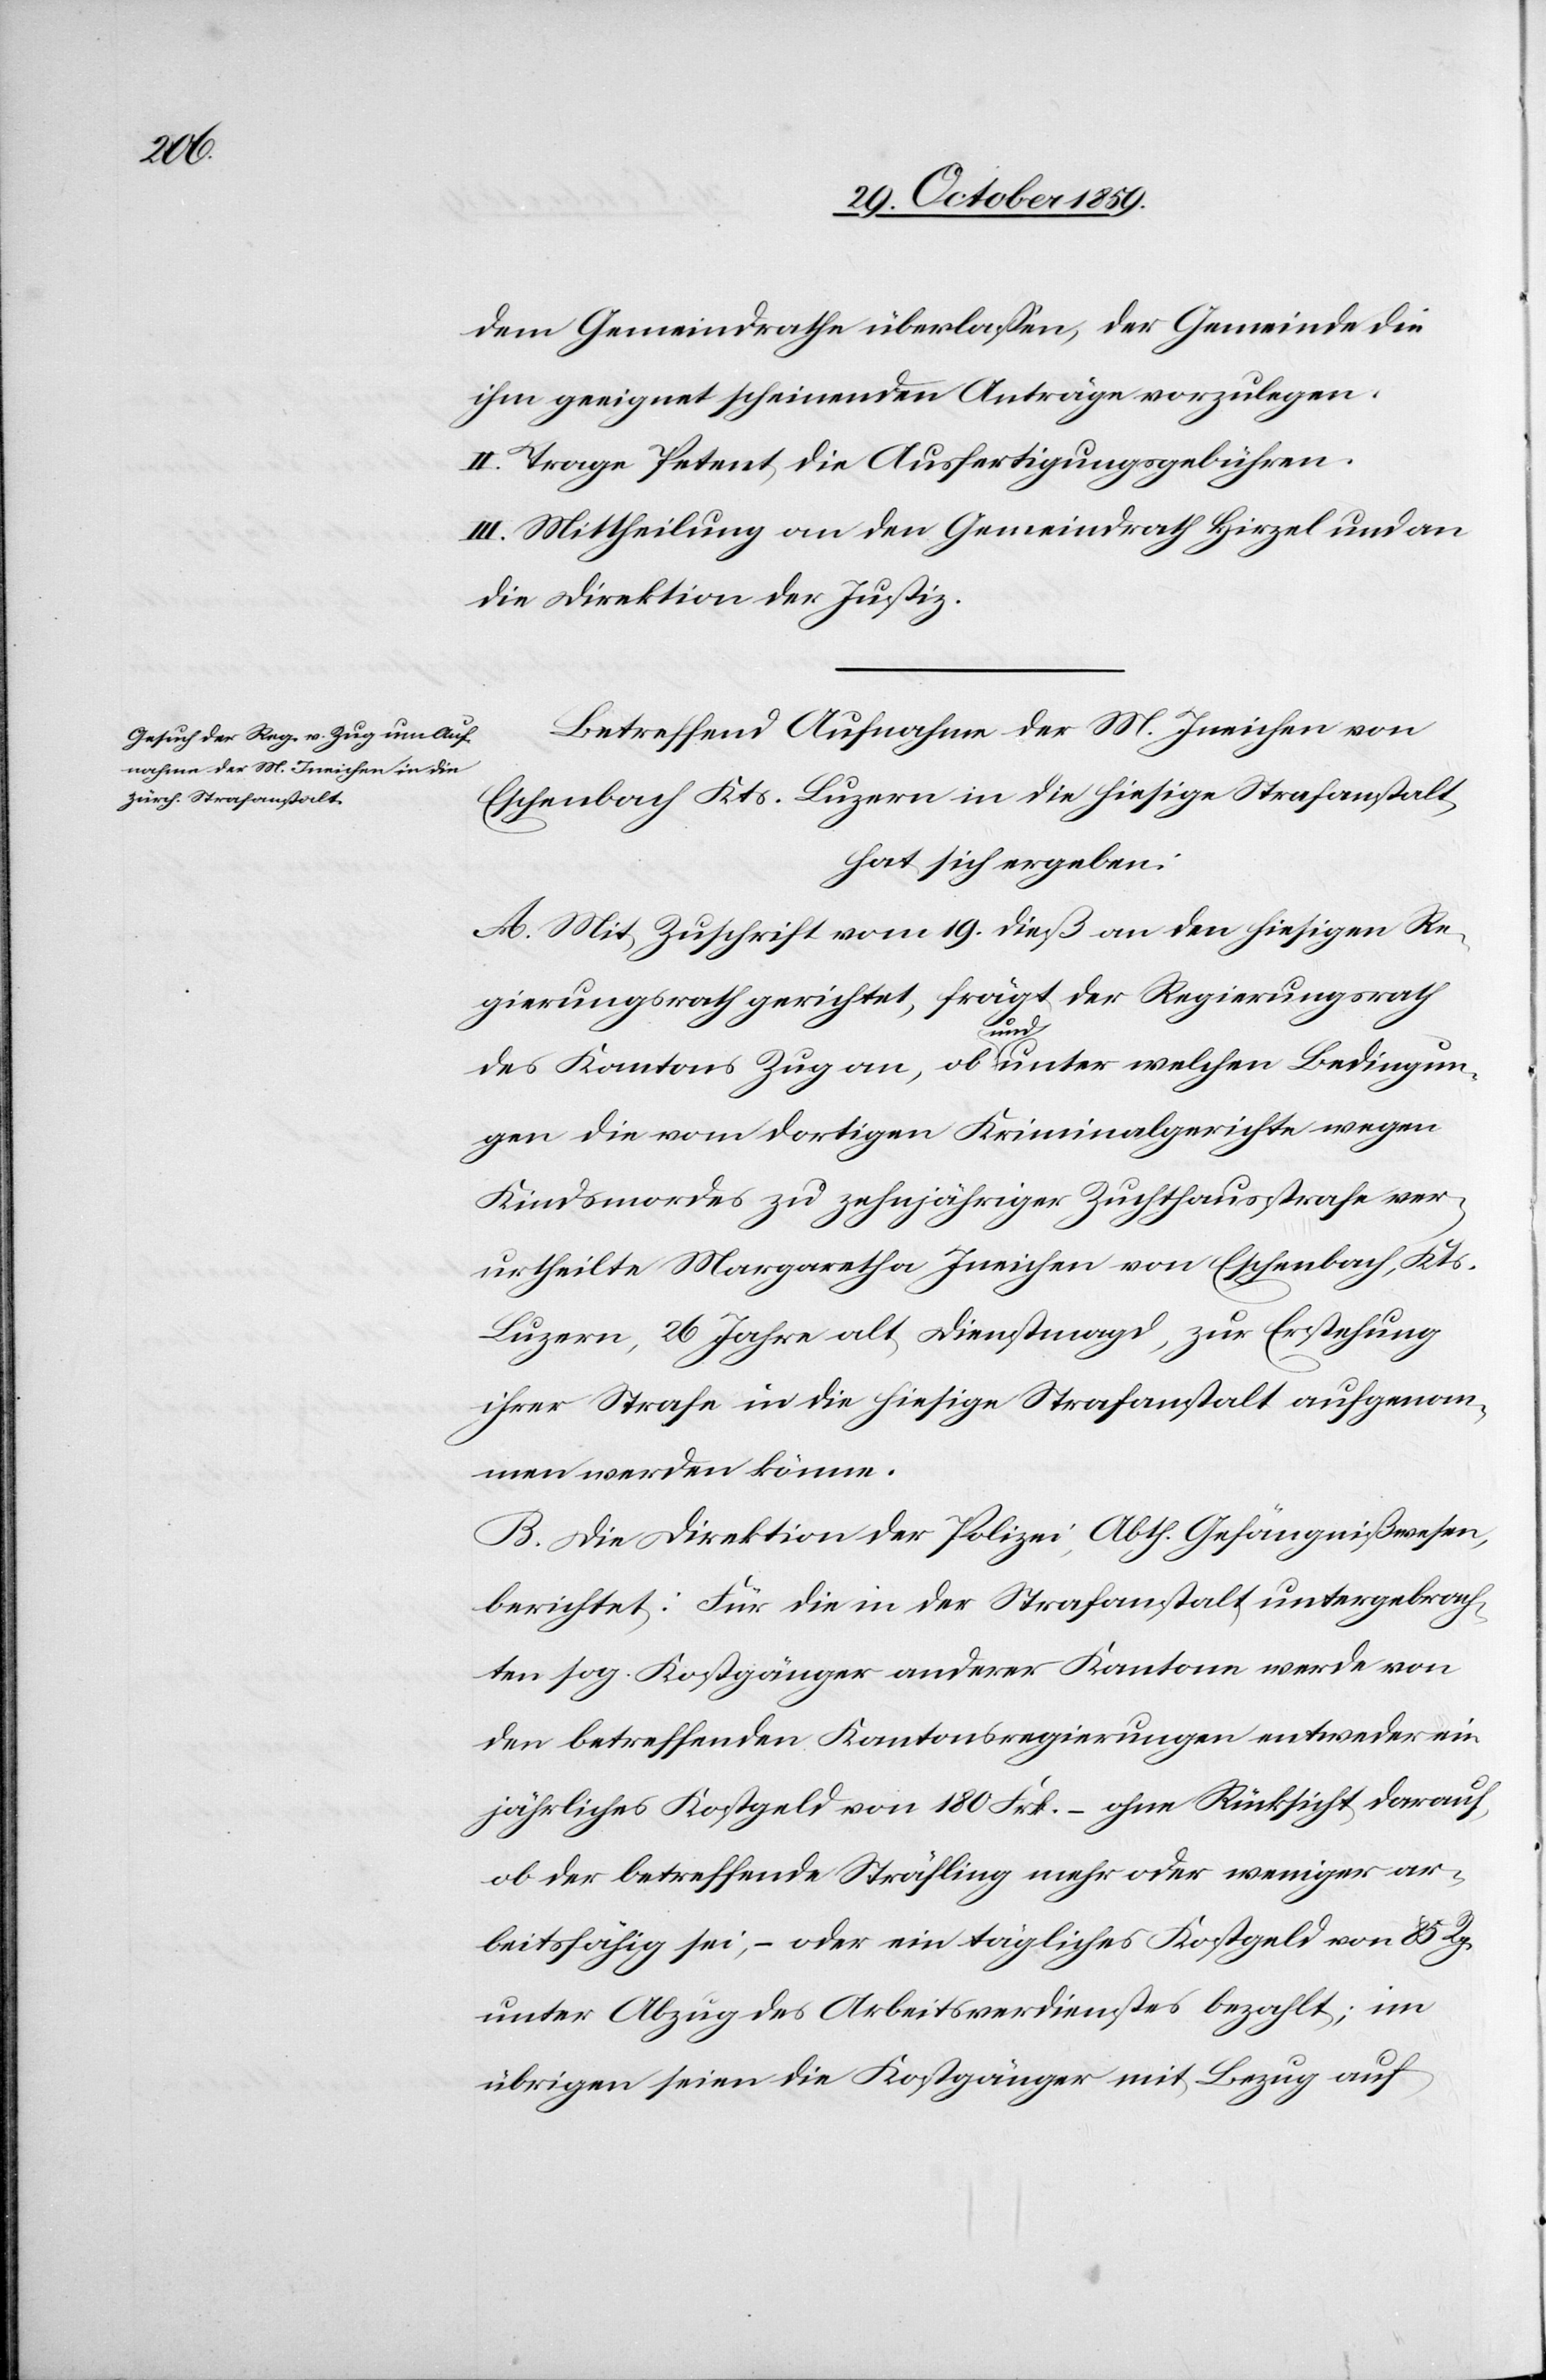
dem Gemeindrath überlassen, der Gemeinde die
ihm geeignet scheinenden Anträge vorzulegen.
II. Trage Petent die Ausfertigungsgebühren.
III. Mittheilung an den Gemeindrath Hirzel und an
die Direktion der Justiz.
Betreffend Aufnahme der M. Ineichen von
Eschenbach Kts. Luzern in die hiesige Strafanstalt,
hat sich ergeben:
A. Mit Zuschrift vom 19. dieß an den hiesigen Re¬
gierungsrath gerichtet, fragt der Regierungsrath
ngun¬
gen die vom dortigen Kriminalgerichte wegen
Kindsmordes zu zehnjähriger Zuchthausstrafe ver¬
urtheilte Margaretha Ineichen von Eschenbach, Kts.
Luzern, 26 Jahre alt, Dienstmagd, zur Erstehung
ihrer Strafe in die hiesige Strafanstalt aufgenom¬
men werden könne.
B. Die Direktion der Polizei, Abth. Gefängnißwesen,
berichtet: Für die in der Strafanstalt untergebrach¬
ten Kostgänger anderer Kantone werde von
den betreffenden Kantonsregierungen entweder ein
jährliches Kostgeld von 180 Frk. – ohne Rücksicht darauf,
ob der betreffende Sträfling mehr oder weniger ar¬
beitsfähig sei, – oder ein tägliches Kostgeld von 85 Rp.
unter Abzug des Arbeitsverdienstes bezahlt; im
übrigen seien die Kostgänger mit Bezug auf